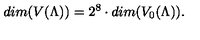
d i m ( V ( \Lambda ) ) = 2 ^ { 8 } \cdot d i m ( V _ { 0 } ( \Lambda ) ) .